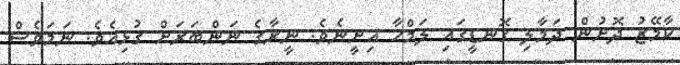
ކާމޭޒު ދޮށުން ދަމާލި ގޮނޑީގައި ލަމްހާ އިށީނެވެ. ނީރާގެ ނަންބަރަށް ގުޅިއެވެ. ނަމަވެސް